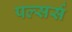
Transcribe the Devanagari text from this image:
पल्सर्स